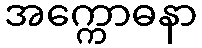
အက္ကောဓနာ